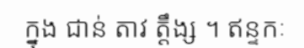
ក្នុង ជាន់ តាវ ត្តឹង្ស ។ ឥន្ទកៈ